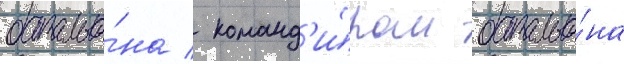
батальо́на / команд'и́ром батальо́на